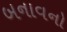
બનાવનો